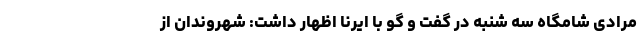
مرادی شامگاه سه شنبه در گفت و گو با ایرنا اظهار داشت: شهروندان از